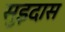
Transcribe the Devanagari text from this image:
सुइदास